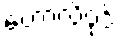
ဟောလိဝုဒ်